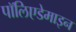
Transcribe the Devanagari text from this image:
पॉलिएडेमाइन